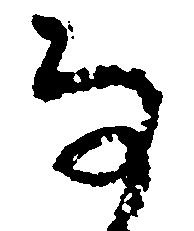
な